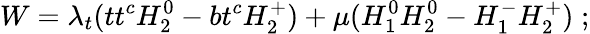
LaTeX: W=\lambda_{t}(tt^{c}H_{2}^{0}-bt^{c}H_{2}^{+})+\mu(H_{1}^{0}H_{2}^{0}-H_{1}^{-}H_{2}^{+})\; ;